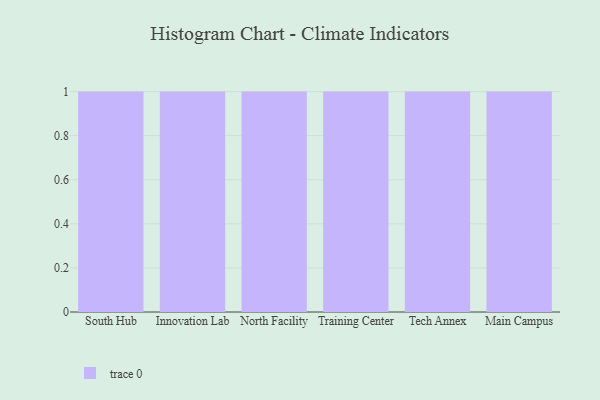
{"axis": {"x": "Campus", "y": "LTV (USD)"}, "legend": [""], "data": [{"x": "South Hub", "y": 31, "type": ""}, {"x": "Innovation Lab", "y": 36, "type": ""}, {"x": "North Facility", "y": 12, "type": ""}, {"x": "Training Center", "y": 36, "type": ""}, {"x": "Tech Annex", "y": 90, "type": ""}, {"x": "Main Campus", "y": 29, "type": ""}]}